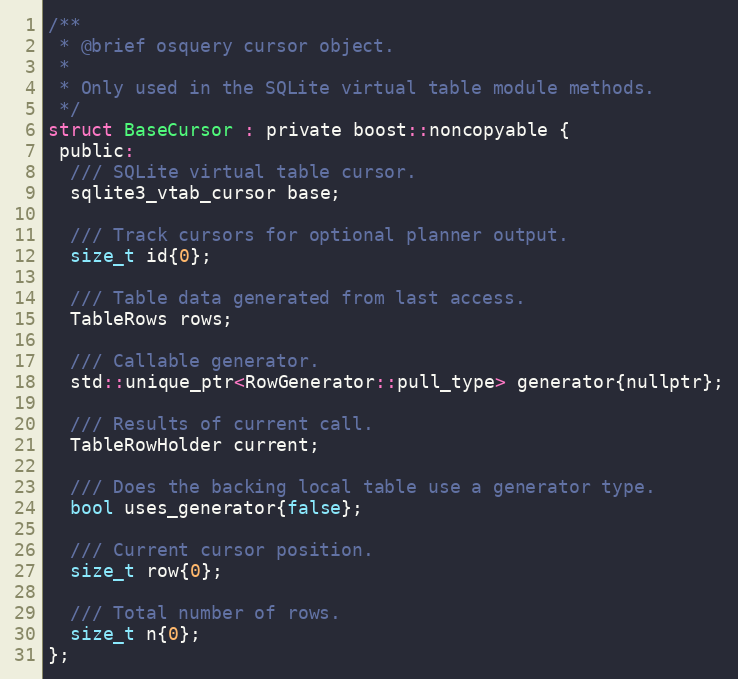
Language: C
/**
 * @brief osquery cursor object.
 *
 * Only used in the SQLite virtual table module methods.
 */
struct BaseCursor : private boost::noncopyable {
 public:
  /// SQLite virtual table cursor.
  sqlite3_vtab_cursor base;

  /// Track cursors for optional planner output.
  size_t id{0};

  /// Table data generated from last access.
  TableRows rows;

  /// Callable generator.
  std::unique_ptr<RowGenerator::pull_type> generator{nullptr};

  /// Results of current call.
  TableRowHolder current;

  /// Does the backing local table use a generator type.
  bool uses_generator{false};

  /// Current cursor position.
  size_t row{0};

  /// Total number of rows.
  size_t n{0};
};